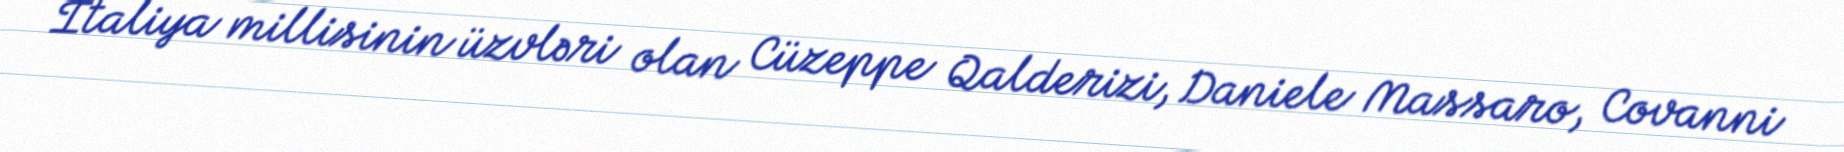
İtaliya millisinin üzvləri olan Cüzeppe Qalderizi, Daniele Massaro, Covanni